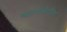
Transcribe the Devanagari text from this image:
भारतभेटीत